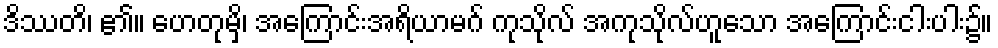
ဒိဿတိ၊ ၏။ ဟေတုမှိ၊ အကြောင်းအရိယာမဂ် ကုသိုလ် အကုသိုလ်ဟူသော အကြောင်းငါးပါး၌။